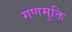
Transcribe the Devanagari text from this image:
गणमुक्ति